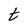
Character: t